Leningradi_Edasi_toimetus, lk 233
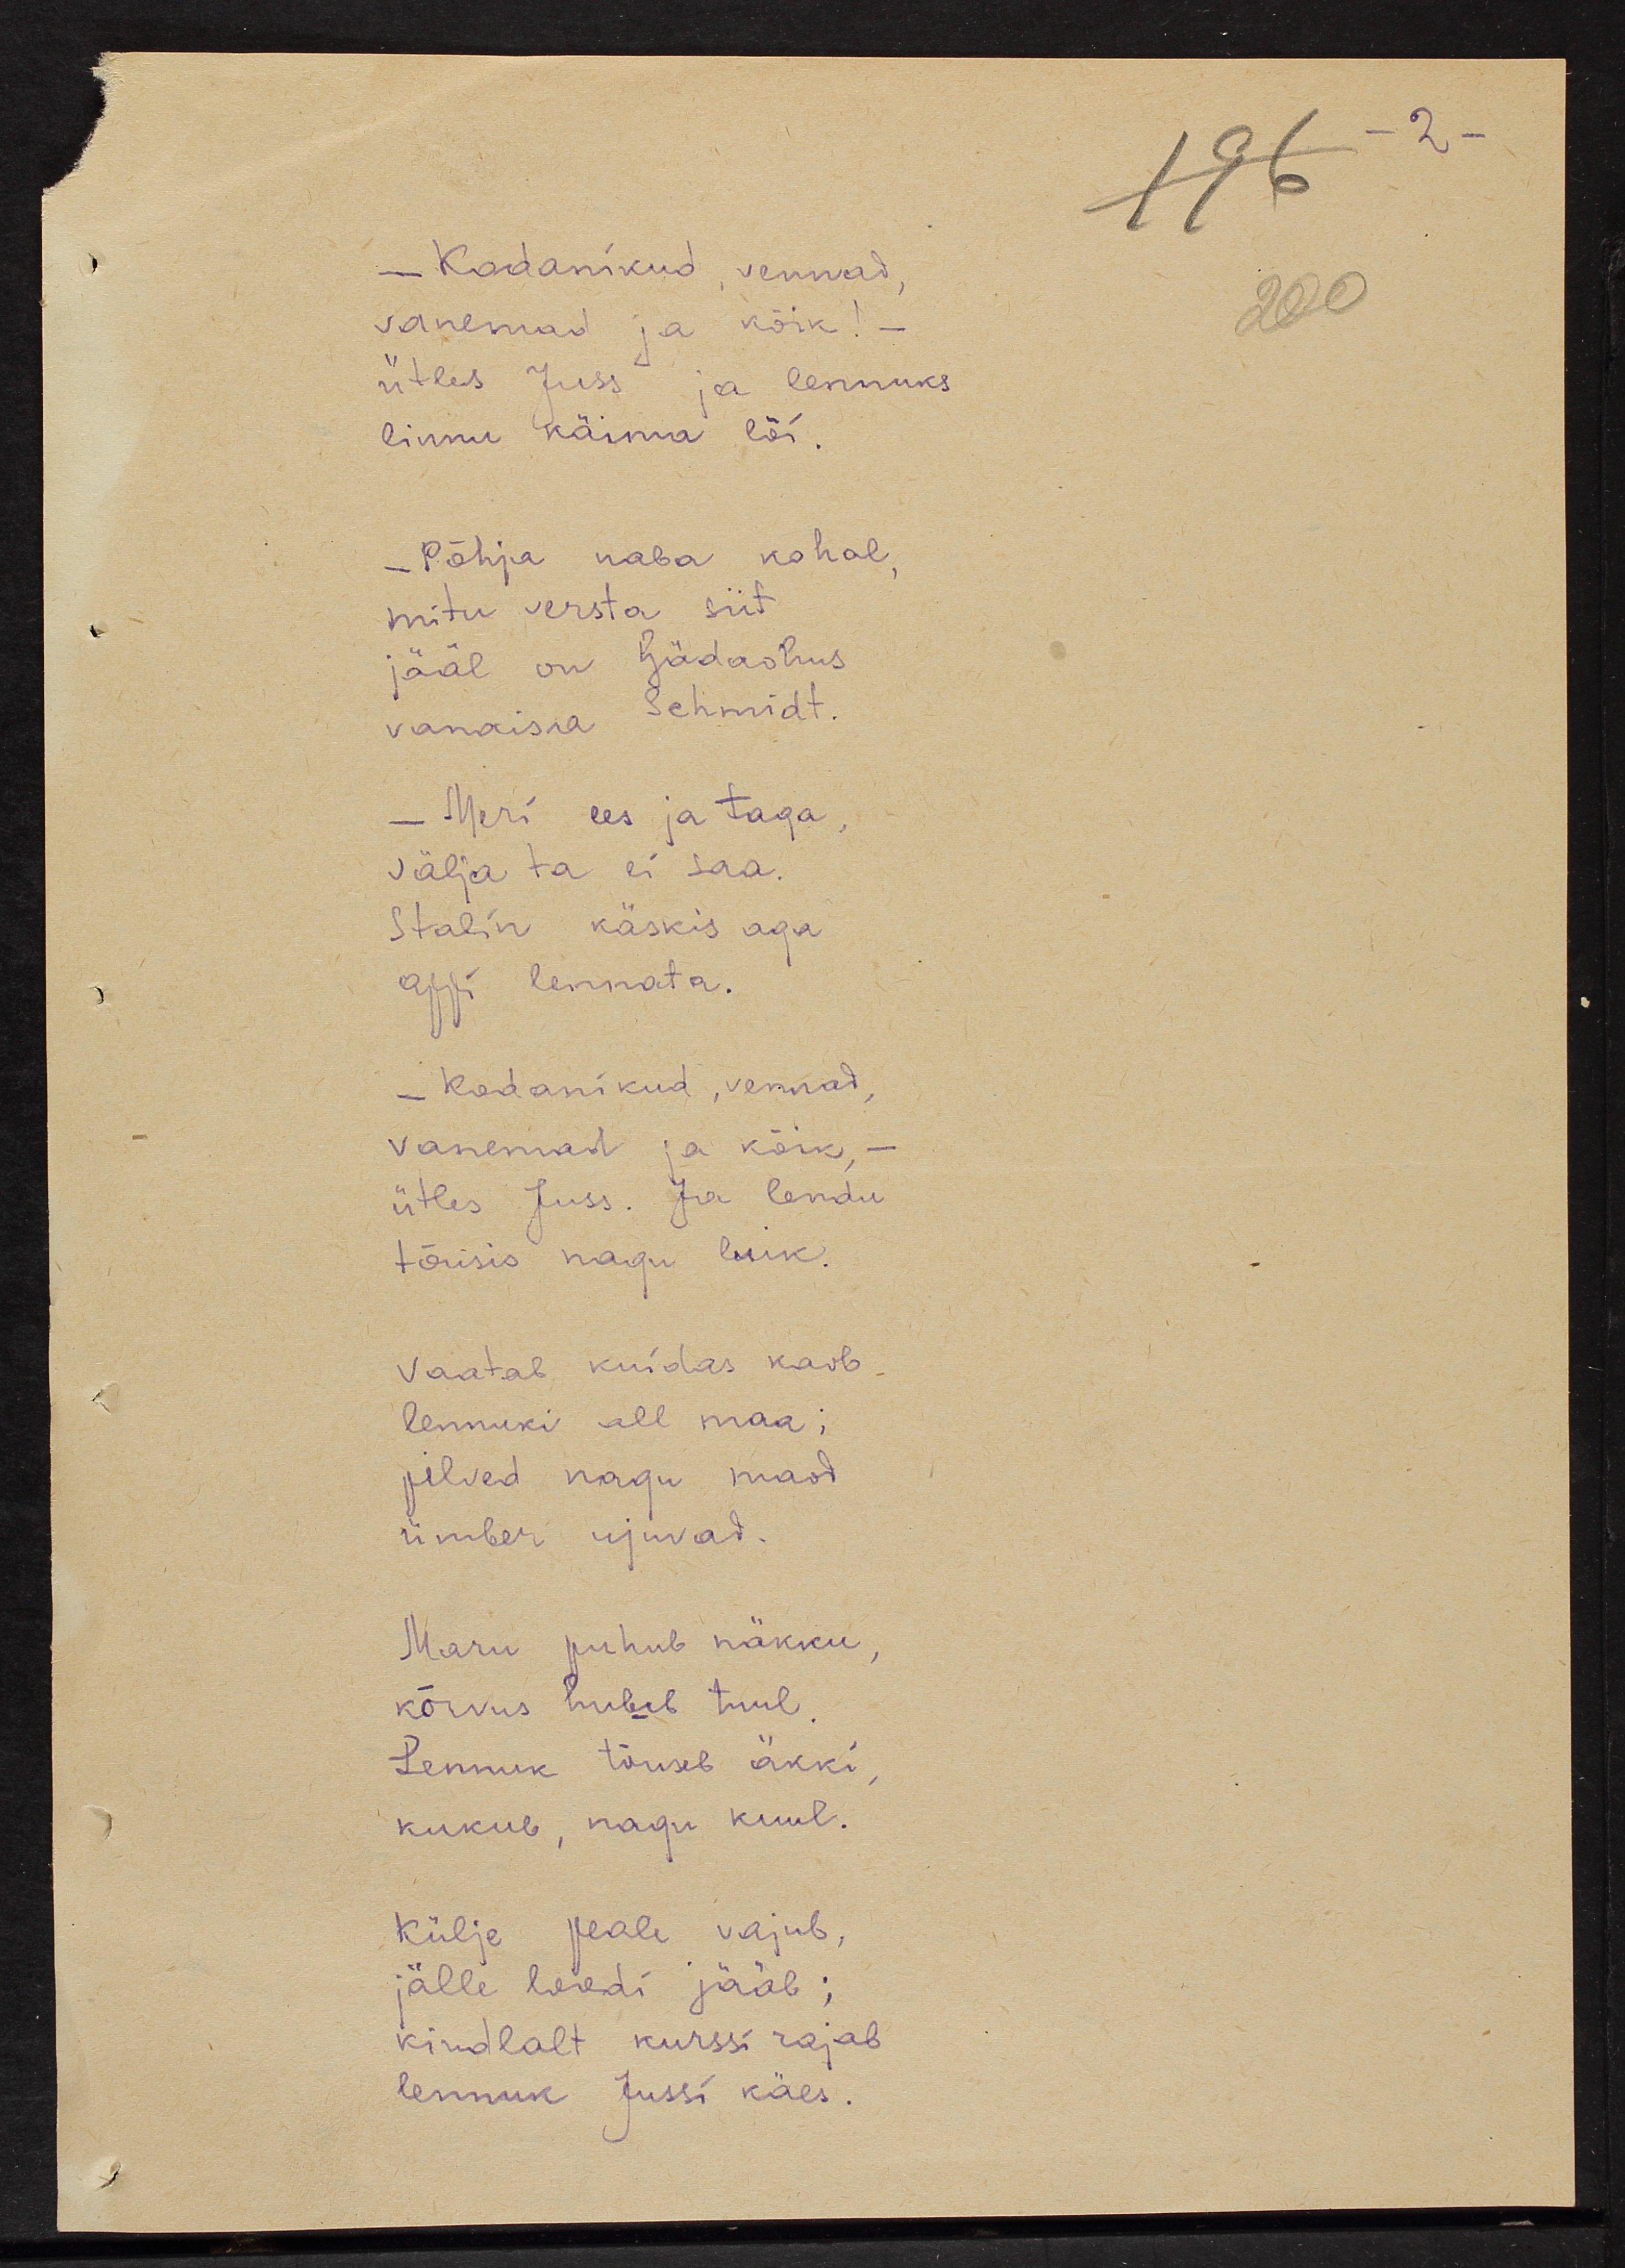
- Kodanikud, vennad,
vanemad ja kõik! -
ütles Juss ja lennuks 
linnu käima lõi.
- Põhja naba kohal,
mitu versta siit
jääl on hädaohus
vanaisa Schmidt.
Meri ees ja taga,
välja ta ei saa.
Stalin käskis aga
appi lennata
- Kodanikud, vennad,
vanemad ja kõik, -
ütles Juss. Ja lendu
tõusis nagu luik.
Vaatab kuidas kaob
lennuki all maa;
pilved nagu maod
ümber ujuvad
Maru puhub näkku
kõrvus hulub tuul.
Lennuk tõuseb äkki,
kukub, nagu kuul.
Külje peale vajub,
jälle leedi jääb;
kindlalt kurssi rajab 
lennuk Jussi käes.